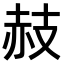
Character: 𧹛